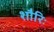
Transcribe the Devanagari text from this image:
शौरिः